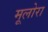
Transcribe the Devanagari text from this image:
मूलोरा